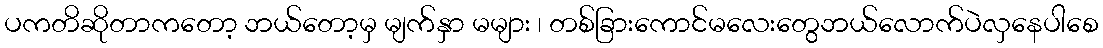
ပကတိဆိုတာကတော့ ဘယ်တော့မှ မျက်နှာ မများ ၊ တစ်ခြားကောင်မလေးတွေဘယ်လောက်ပဲလှနေပါစေ